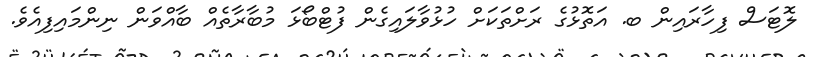
ލޮޓަސް ފިހާރައިން ބ. އަތޮޅުގެ ރަށްތަކަށް ހުޅުވާލައިގެން ފުޓްބޯޅަ މުބާރާތެއް ބާއްވަން ނިންމައިފިއެވެ.